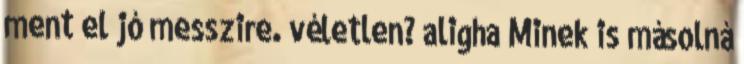
ment el jó messzire. véletlen? aligha Minek is másolná